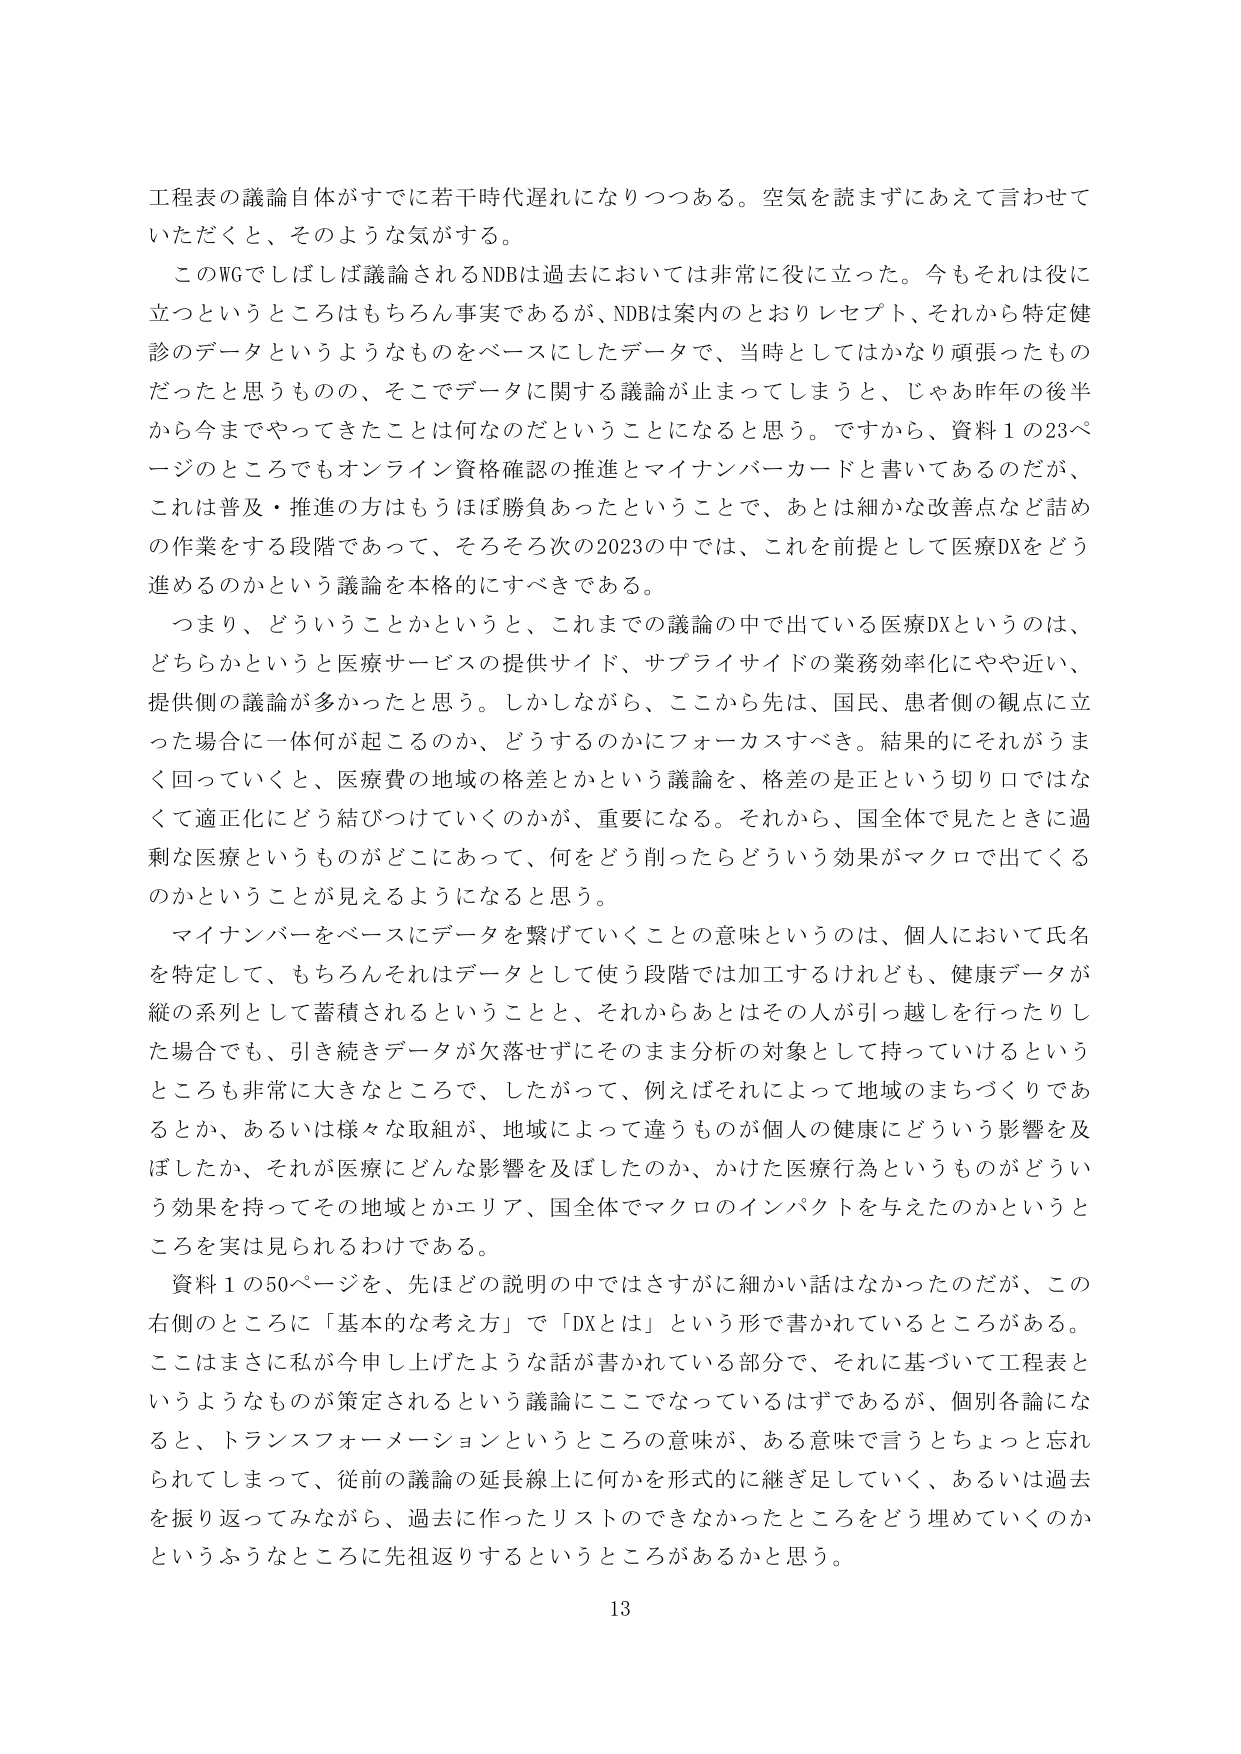
工程表の議論自体がすでに若干時代遅れになりつつある。空気を読まずにあえて言わせていただくと、そのような気がする。

このWGでしばしば議論されるNDBは過去においては非常に役に立った。今もそれは役に立つというところはもちろん事実であるが、NDBは案内のとおりレセプト、それから特定健診のデータというようなものをベースにしたデータで、当時としてはかなり頑張ったものだったと思うものの、そこでデータに関する議論が止まってしまうと、じゃあ昨年の後半から今までやってきたことは何なのだということになると思う。ですから、資料1の23ページのところでもオンライン資格確認の推進とマイナンバーカードと書いてあるのだが、これは普及・推進の方はもうほぼ勝負あったということで、あとは細かな改善点など詰めの作業をする段階であって、そろそろ次の2023の中では、これを前提として医療DXをどう進めるのかという議論を本格的にすべきである。

つまり、どういうことかというと、これまでの議論の中で出ている医療DXというのは、どちらかというと医療サービスの提供サイド、サプライサイドの業務効率化にやや近い、提供側の議論が多かったと思う。しかしながら、ここから先は、国民、患者側の観点に立った場合に一体何が起こるのか、どうするのかにフォーカスすべき。結果的にそれがうまく回っていくと、医療費の地域の格差とかという議論を、格差の是正という切り口ではなくて適正化にどう結びつけていくのかが、重要になる。それから、国全体で見たときに過剰な医療というものがどこにあって、何をどう削ったらどういう効果がマクロで出てくるのかということが見えるようになると思う。

マイナンバーをベースにデータを繋げていくことの意味というのは、個人において氏名を特定して、もちろんそれはデータとして使う段階では加工するけれども、健康データが縦の系列として蓄積されるということと、それからあとはその人が引っ越しを行ったりした場合でも、引き続きデータが欠落せずにそのまま分析の対象として持っていけるというところも非常に大きなところで、したがって、例えばそれによって地域のまちづくりであるとか、あるいは様々な取組が、地域によって違うものが個人の健康にどういう影響を及ぼしたか、それが医療にどんな影響を及ぼしたのか、かけた医療行為というものがどういう効果を持ってその地域とかエリア、国全体でマクロのインパクトを与えたのかというところを実は見られるわけである。

資料1の50ページを、先ほどの説明の中ではさすがに細かい話はなかったのだが、この右側のところに「基本的な考え方」で「DXとは」という形で書かれているところがある。ここはまさに私が今申し上げたような話が書かれている部分で、それに基づいて工程表というようなものが策定されるという議論にここになっているはずであるが、個別各論になると、トランスフォーメーションというところの意味が、ある意味で言うとちょっと忘れられてしまって、従前の議論の延長線上に何かを形式的に継ぎ足していく、あるいは過去を振り返ってみながら、過去に作ったリストのできなかったところをどう埋めていくのかというふうなところに先祖返りするというところがあるかと思う。

13